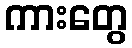
ကားတွေ